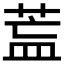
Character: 𦱣